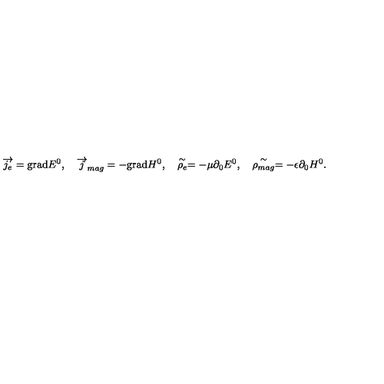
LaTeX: \overrightarrow { j _ { e } } = \mathrm { g r a d } E ^ { 0 } , \quad \overrightarrow { j } _ { m a g } = - \mathrm { g r a d } H ^ { 0 } , \quad \stackrel { \sim } { \rho _ { e } } = - \mu \partial _ { 0 } E ^ { 0 } , \quad \stackrel { \sim } { \rho _ { m a g } } = - \epsilon \partial _ { 0 } H ^ { 0 } .